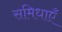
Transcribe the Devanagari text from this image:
समिधाएँ